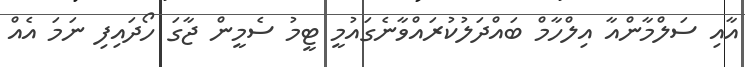
އާއި ސަލްމާންއާ އިލްހާމް ބައްދަލުކުރައްވާނެގައުމީ ޓީމު ސެމީން ޖާގަ ހޯދައިފި ނަމަ އެއް